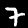
Label: 7